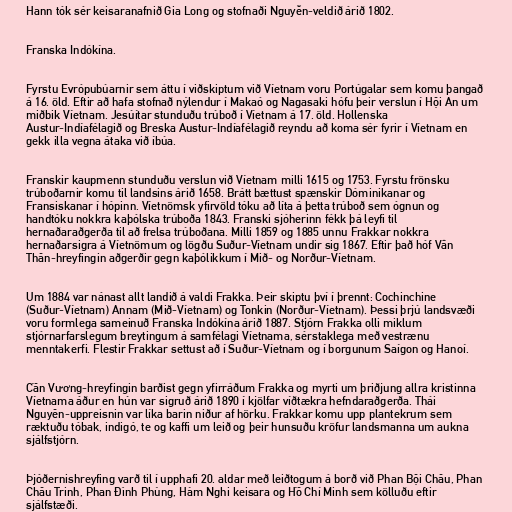
Hann tók sér keisaranafnið Gia Long og stofnaði Nguyễn-veldið árið 1802.

Franska Indókína.

Fyrstu Evrópubúarnir sem áttu í viðskiptum við Víetnam voru Portúgalar sem komu þangað
á 16. öld. Eftir að hafa stofnað nýlendur í Makaó og Nagasaki hófu þeir verslun í Hội An um
miðbik Víetnam. Jesúítar stunduðu trúboð í Víetnam á 17. öld. Hollenska
Austur-Indíafélagið og Breska Austur-Indíafélagið reyndu að koma sér fyrir í Víetnam en
gekk illa vegna átaka við íbúa.

Franskir kaupmenn stunduðu verslun við Víetnam milli 1615 og 1753. Fyrstu frönsku
trúboðarnir komu til landsins árið 1658. Brátt bættust spænskir Dóminikanar og
Fransiskanar í hópinn. Víetnömsk yfirvöld tóku að líta á þetta trúboð sem ógnun og
handtóku nokkra kaþólska trúboða 1843. Franski sjóherinn fékk þá leyfi til
hernaðaraðgerða til að frelsa trúboðana. Milli 1859 og 1885 unnu Frakkar nokkra
hernaðarsigra á Víetnömum og lögðu Suður-Víetnam undir sig 1867. Eftir það hóf Văn
Thân-hreyfingin aðgerðir gegn kaþólikkum í Mið- og Norður-Víetnam.

Um 1884 var nánast allt landið á valdi Frakka. Þeir skiptu því í þrennt: Cochinchine
(Suður-Víetnam) Annam (Mið-Víetnam) og Tonkin (Norður-Víetnam). Þessi þrjú landsvæði
voru formlega sameinuð Franska Indókína árið 1887. Stjórn Frakka olli miklum
stjórnarfarslegum breytingum á samfélagi Víetnama, sérstaklega með vestrænu
menntakerfi. Flestir Frakkar settust að í Suður-Víetnam og í borgunum Saígon og Hanoí.

Cần Vương-hreyfingin barðist gegn yfirráðum Frakka og myrti um þriðjung allra kristinna
Víetnama áður en hún var sigruð árið 1890 í kjölfar víðtækra hefndaraðgerða. Thái
Nguyên-uppreisnin var líka barin niður af hörku. Frakkar komu upp plantekrum sem
ræktuðu tóbak, indigó, te og kaffi um leið og þeir hunsuðu kröfur landsmanna um aukna
sjálfstjórn.

Þjóðernishreyfing varð til í upphafi 20. aldar með leiðtogum á borð við Phan Bội Châu, Phan
Châu Trinh, Phan Đình Phùng, Hàm Nghi keisara og Hồ Chí Minh sem kölluðu eftir
sjálfstæði.